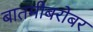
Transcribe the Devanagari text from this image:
बातमीबरोबर